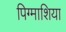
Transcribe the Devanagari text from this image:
पिग्माशिया